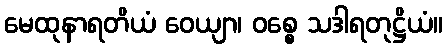
မေထုနာရတိယံ ဝေယျာ၊ ဝစ္စေ သဒါရတုဋ္ဌိယံ။